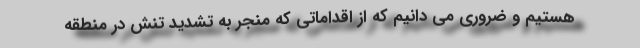
هستیم و ضروری می دانیم که از اقداماتی که منجر به تشدید تنش در منطقه